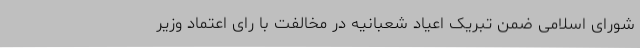
شورای اسلامی ضمن تبریک اعیاد شعبانیه در مخالفت با رای اعتماد وزیر